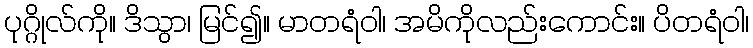
ပုဂ္ဂိုလ်ကို။ ဒိသွာ၊ မြင်၍။ မာတရံဝါ၊ အမိကိုလည်းကောင်း။ ပိတရံဝါ၊